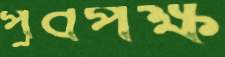
পূর্বপক্ষ